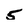
Character: 5